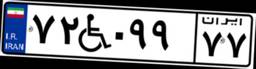
۸۸W۳۱۹۱۴